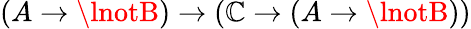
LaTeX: (A\to\lnotB)\to(\mathbb{C}\to(A\to\lnotB))